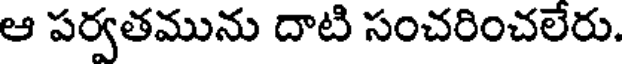
ఆ పర్వతమును దాటి సంచరించలేరు.